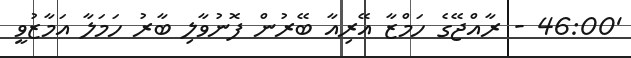
'46:00 - ރާއްޖޭގެ ހަމްޒާ އޭރިއާ ބޭރުން ފޮނުވާލި ބާރު ހަމަލާ އަމާޒުވީ